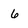
Character: 6